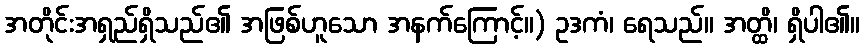
အတိုင်းအရှည်ရှိသည်၏ အဖြစ်ဟူသော အနက်ကြောင့်။) ဥဒကံ၊ ရေသည်။ အတ္ထိ၊ ရှိပါ၏။